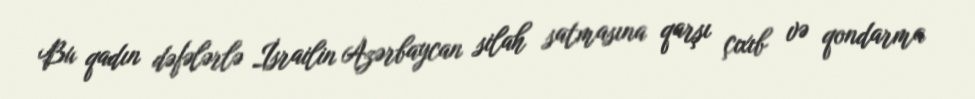
Bu qadın dəfələrlə İsrailin Azərbaycan silah satmasına qarşı çıxıb və qondarma